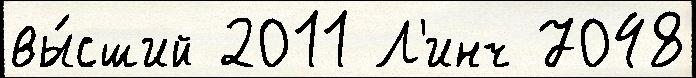
вы́сший 2011 Л'инч 7048